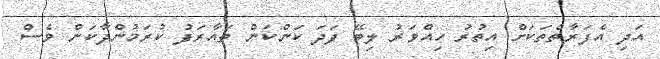
އަދި އެފަރާތްތަކަށް އިތުރު ހިއްވަރު ލިބޭ ފަދަ ކަންކަން ތައާރަފު ކުރަމުންދާކަން ވެސް